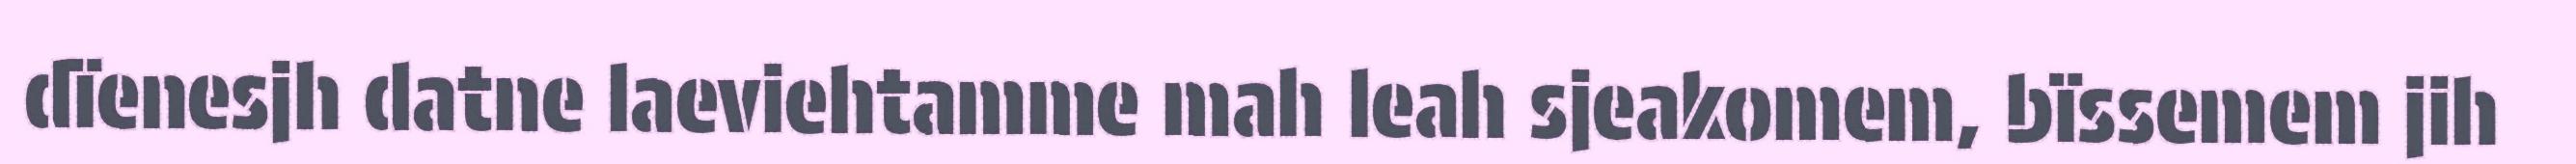
dïenesjh datne laeviehtamme mah leah sjeakomem, bïssemem jih